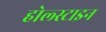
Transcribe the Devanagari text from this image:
होल्स्टाइन